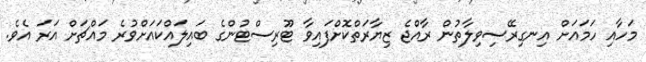
މަހާއި ހަމައަށް އިނގިރޭސިވިލާތުން ރާއްޖެ ޒިޔާރަތްކޮށްފައިވާ ޓޫރިސްޓުންގެ ބައިލައްކައަށްވުރެ މައްޗަށް އަރަ އެވެ.